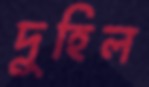
দুহিল